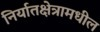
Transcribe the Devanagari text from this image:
निर्यातक्षेत्रामधील